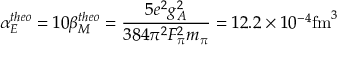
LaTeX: \alpha _ { E } ^ { t h e o } = 1 0 \beta _ { M } ^ { t h e o } = { \frac { 5 e ^ { 2 } g _ { A } ^ { 2 } } { 3 8 4 \pi ^ { 2 } F _ { \pi } ^ { 2 } m _ { \pi } } } = 1 2 . 2 \times 1 0 ^ { - 4 } \mathrm { f m } ^ { 3 }